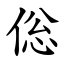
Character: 倊